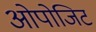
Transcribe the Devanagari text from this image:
ओपोजिट